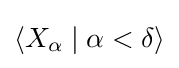
\displaystyle \langle X_{\alpha }\mid \alpha <\delta \rangle